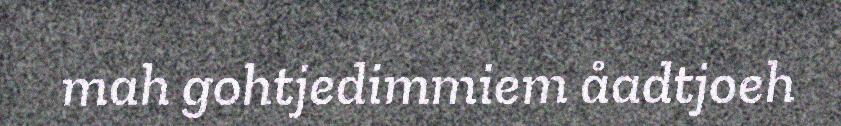
mah gohtjedimmiem åadtjoeh